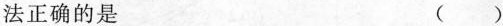
法正确的是 ( )